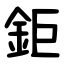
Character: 鉅